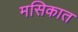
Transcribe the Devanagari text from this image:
मसिकात